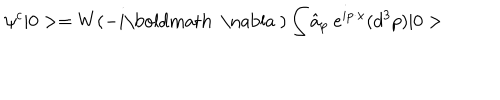
LaTeX: \psi ^ { c } | 0 > = W ( - i \mathrm { \boldmath ~ \nabla ~ } ) \int \hat { a } _ { p } ~ e ^ { i p \cdot x } ( d ^ { 3 } p ) | 0 >